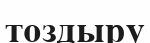
тоздыру